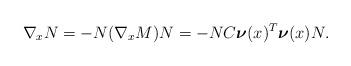
LaTeX: \begin{align*}\nabla_x N&=-N (\nabla_x M)N =-NC\boldsymbol{\nu}(x)^T \boldsymbol{\nu}(x) N.\end{align*}